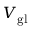
V _ { \mathrm { g l } }